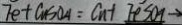
F e + C u S O _ { 4 } = C u + F e S O _ { 4 } \rightarrow